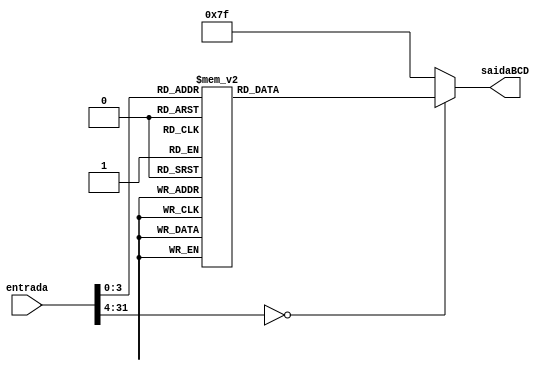
module DISPLAYBCD(entrada, saidaBCD);
	input wire [31:0]entrada;
	output reg[6:0]saidaBCD;
	always@(*)
	
		begin	
			case (entrada)
				
				32'b0: saidaBCD = 7'b0000001; 
				32'b1: saidaBCD = 7'b1001111; 
				32'b10: saidaBCD = 7'b0010010; 
				32'b11: saidaBCD = 7'b0000110; 
				32'b100: saidaBCD = 7'b1001100; 
				32'b101: saidaBCD = 7'b0100100; 
				32'b110: saidaBCD = 7'b0100000; 
				32'b111: saidaBCD = 7'b0001111; 
				32'b1000: saidaBCD = 7'b0000000; 
				32'b1001: saidaBCD = 7'b0000100; 
				
				default: saidaBCD = 7'b1111111; 
		endcase
	end
endmodule